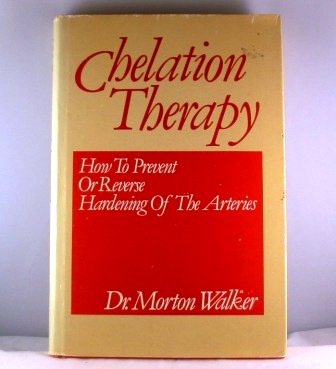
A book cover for Chelation therapy: How to prevent or reverse hardening of the arteries; Morton Walker; Health, Fitness & Dieting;